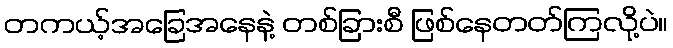
တကယ့်အခြေအနေနဲ့ တစ်ခြားစီ ဖြစ်နေတတ်ကြလို့ပဲ။